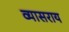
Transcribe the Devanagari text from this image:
व्यासराय